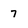
Character: 7